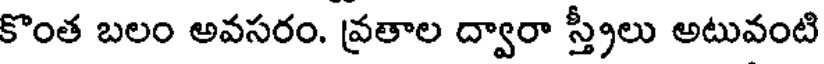
కొంత బలం అవసరం. వ్రతాల ద్వారా స్త్రీలు అటువంటి